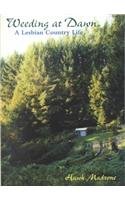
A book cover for Weeding at Dawn: A Lesbian Country Life; Hawk Madrone; Gay & Lesbian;